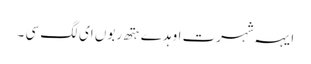
ایہہ شہرت اوہد ے ہتھ ربوں ای لگ سی ۔